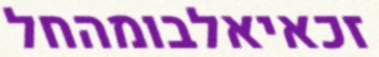
זכאיאלבומהחל